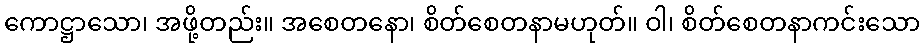
ကောဋ္ဌာသော၊ အဖို့တည်း။ အစေတနော၊ စိတ်စေတနာမဟုတ်။ ဝါ၊ စိတ်စေတနာကင်းသော